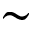
\sim